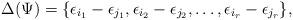
LaTeX: \begin{align*} \Delta(\Psi) = \{\epsilon_{i_1}-\epsilon_{j_1}, \epsilon_{i_2}-\epsilon_{j_2},\dots, \epsilon_{i_r}-\epsilon_{j_r}\}, \end{align*}